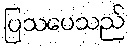
ပြသပေသည်